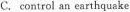
C. control an earthquake